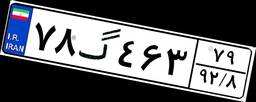
۷۸گ۴۶۳۷۹